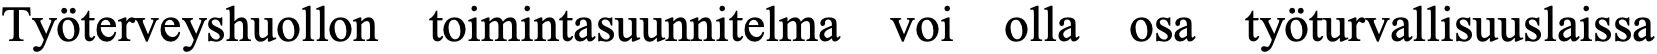
Työterveyshuollon toimintasuunnitelma voi olla osa työturvallisuuslaissa